Civil Veterinary Department. Central Provinces & Berar 1925-31 - 1925-1931
Year: 1925
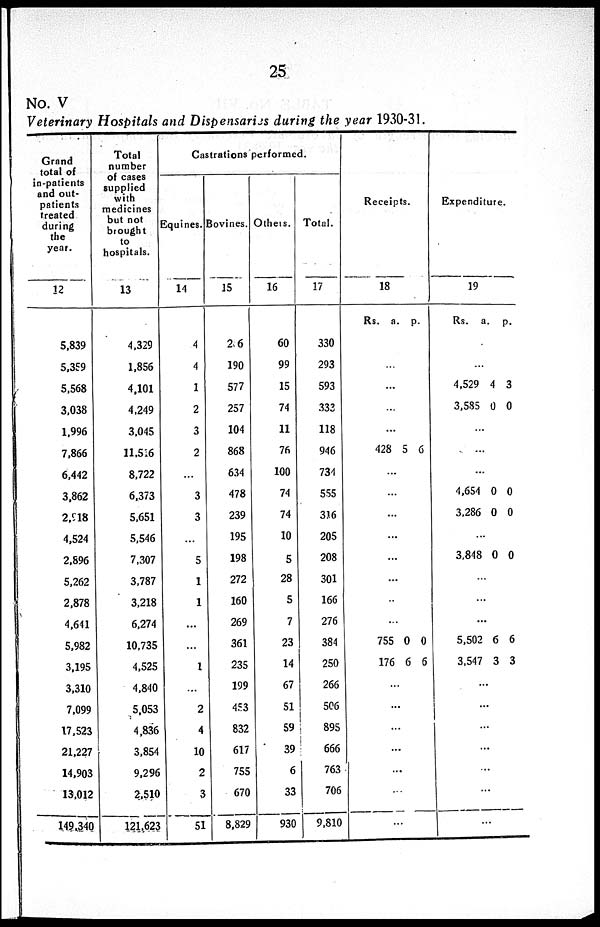
25
No. V
Veterinary Hospitals and Dispensaries during the year 1930-31.
Grand
total of
in-patients
and out-
patients
treated
during
the
year.
12
Total
number
of cases
supplied
with
medicines
but not
brought
to
hospitals.
13
Castrations performed.
Equines.
14
Bovines.
15
Others.
16
Total.
17
5,839
5,359
5,568
3,038
1,996
7,866
6,442
3,862
2,918
4,524
2,896
5,262
2,878
4,641
5,982
3,195
3,310
7,099
17,523
21,227
14,903
13,012
149,340
4,329
1,856
4.101
4.249
3,045
11,516
8,722
6,373
5,651
5,546
7,307
3,787
3,218
6,274
10,735
4,525
4,840
5,053
4,836
3,854
9,296
2,510
121,623
4
4
1
2
3
2
...
3
3
...
5
1
1
...
...
1
...
2
4
10
2
3
51
2.6
190
577
257
104
868
634
478
239
195
198
272
160
269
361
235
199
453
832
617
755
670
8,829
60
99
15
74
11
76
100
74
74
10
5
28
5
7
23
14
67
51
59
39
6
33
930
330
293
593
333
118
946
734
555
316
205
208
301
166
276
384
250
266
506
895
666
763
706
9,810
Receipts.
18
Rs. a. p.
...
...
...
...
...
428 5 6
...
...
...
...
...
...
...
...
755
176
0
6
0
6
...
...
...
...
...
...
...
Expenditure.
19
Rs. a. p.
...
...
4,529
3,585
4
0
3
0
...
...
...
4,654
3.286
0
0
0
0
...
3,848 0 0
...
...
...
5,502
3,547
6
3
6
3
...
...
...
...
...
...
...